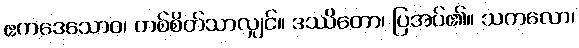
ဧကဒေသောဝ၊ တစ်စိတ်သာလျှင်။ ဒဿိတော၊ ပြအပ်၏။ သကလော၊